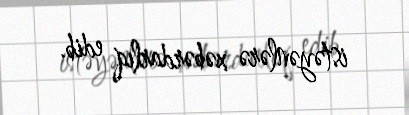
istəyənlərə xəbərdarlıq edib.